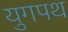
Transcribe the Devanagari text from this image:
युगपथ